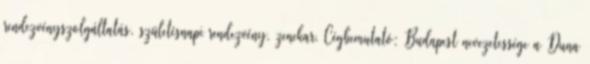
rendezvényszolgáltatás, születésnapi rendezvény, zenekar, Cégbemutató: Budapest nevezetessége a Duna